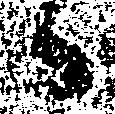
候